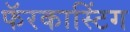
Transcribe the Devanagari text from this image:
फॅरकास्टिंग